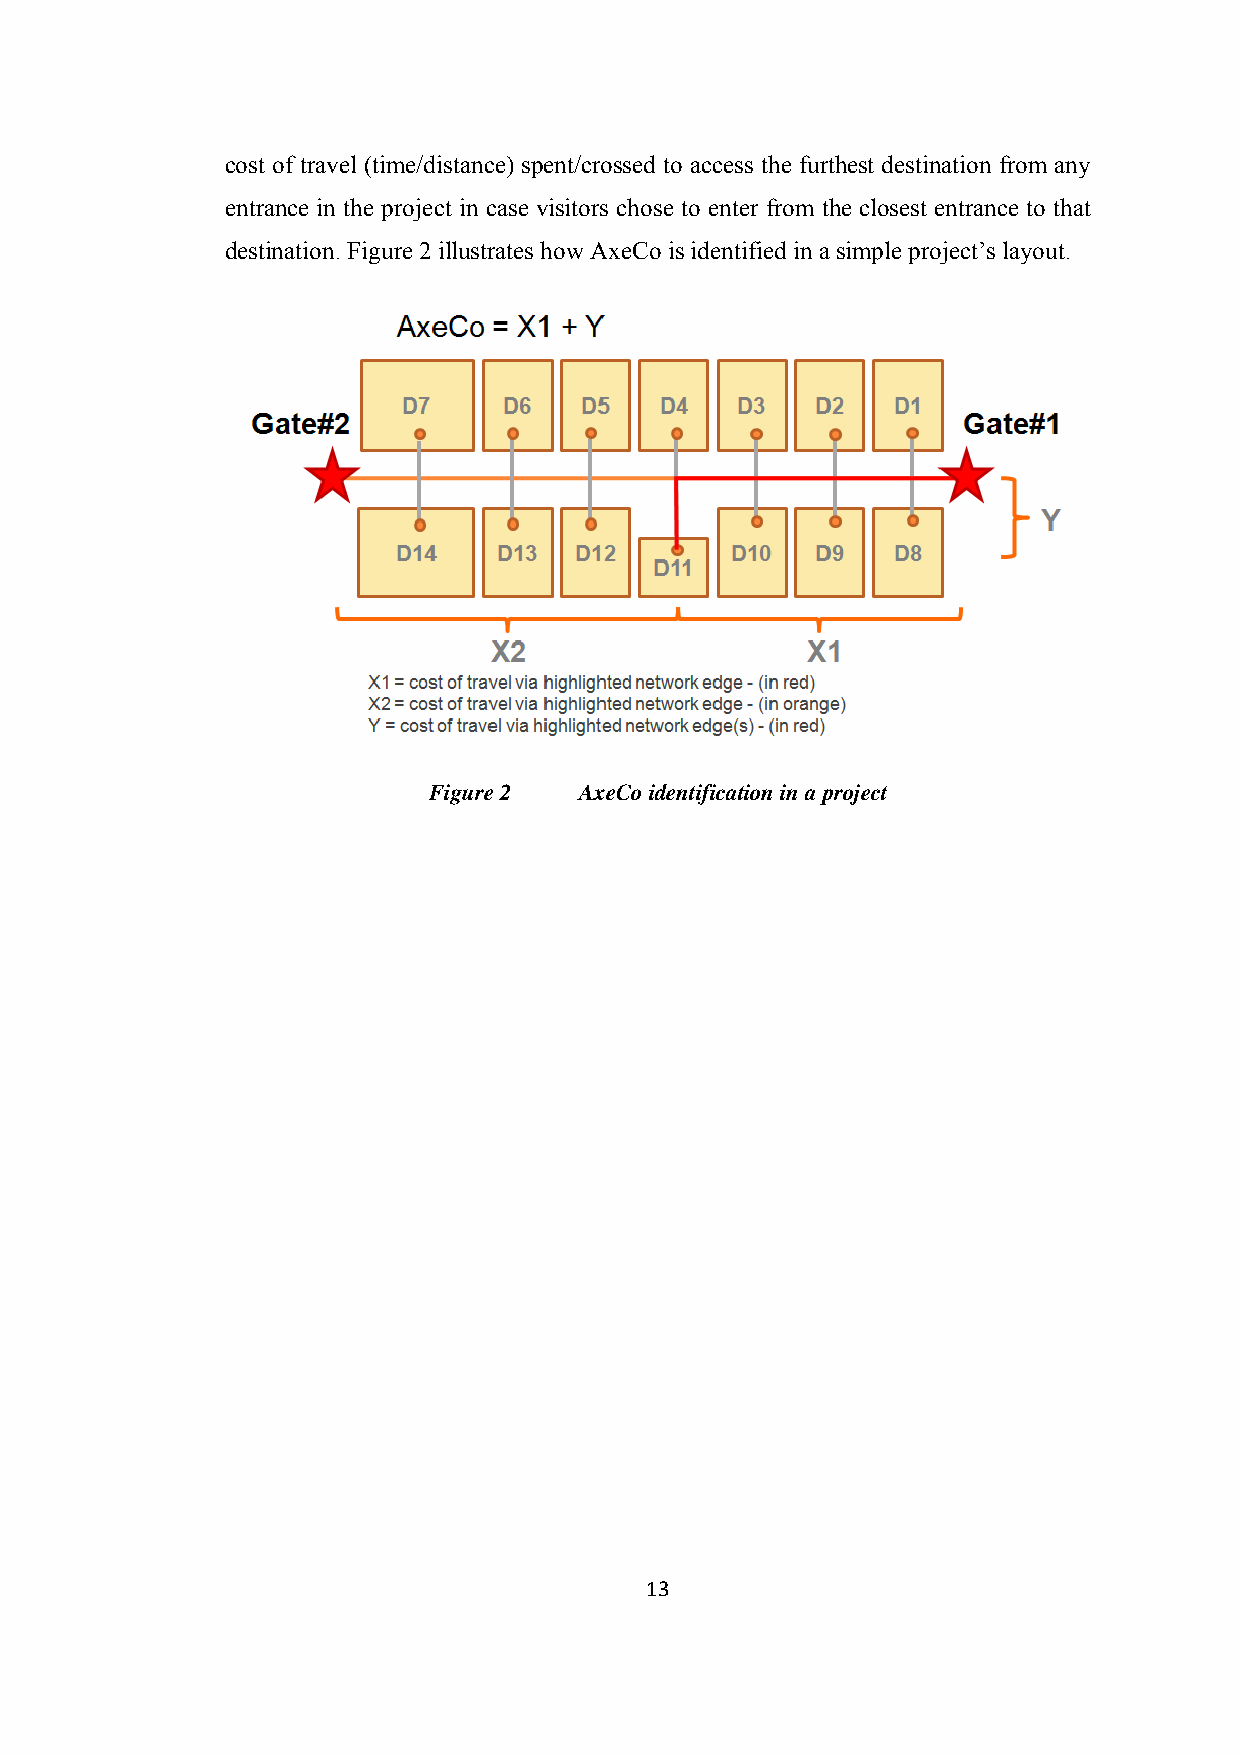
cost of travel (time/distance) spent/crossed to access the furthest destination from any
 entrance in the project in case visitors chose to enter from the closest entrance to that
 destination. Figure 2 illustrates how AxeCo is identified in a simple project’s layout.
 Figure 2  AxeCo identification in a project
 13